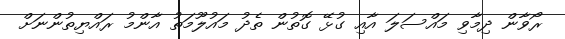
ރޯވާން ދިމާވި މައްސަލަ އާއި ގުޅޭ ގޮތުން ތެދު މައުލޫމަތު އާންމު ރައްޔިތުންނަށް